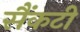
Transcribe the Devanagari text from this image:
सैंकटी